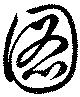
図